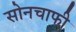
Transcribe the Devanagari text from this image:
सोनचाफी